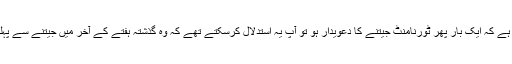
اگر اس کا مطلب یہ ہے کہ ایک بار پھر ٹورنامنٹ جیتنے کا دعویدار ہو تو آپ یہ استدلال کرسکتے تھے کہ وہ گذشتہ ہفتے کے آخر میں جیتنے سے پہلے ہی واپس آگیا تھا۔